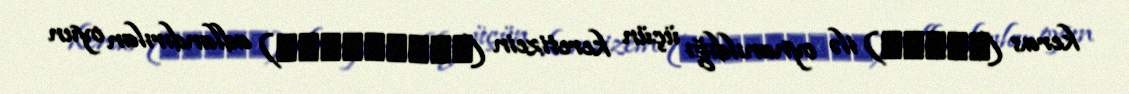
keras (κρρας) ilə oynanıldığı üçün keretizein (κερητεειν) adlandırılan oyun